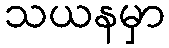
သယနမှာ